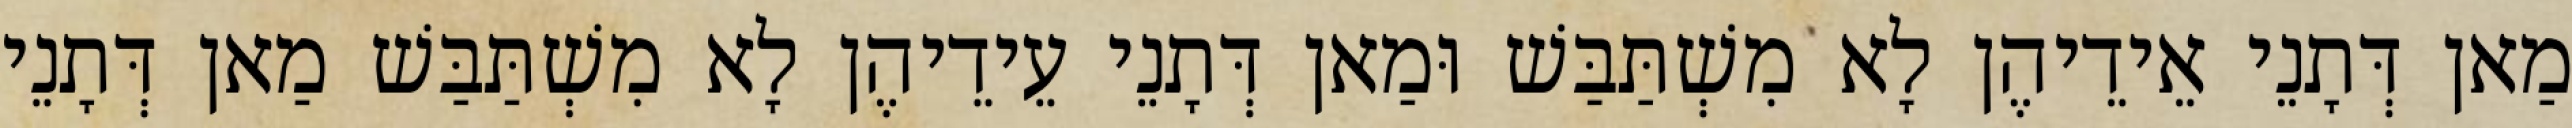
מַאן דְּתָנֵי אֵידֵיהֶן לָא מִשְׁתַּבַּשׁ וּמַאן דְּתָנֵי עֵידֵיהֶן לָא מִשְׁתַּבַּשׁ מַאן דְּתָנֵי